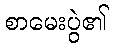
စာမေးပွဲ၏